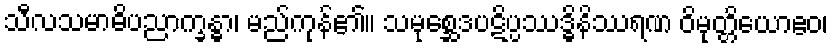
သီလသမာဓိပညာက္ခန္ဓာ၊ မည်ကုန်၏။ သမုစ္ဆေဒပဋိပ္ပဿဒ္ဓိနိဿရဏ ဝိမုတ္တိယောဧဝ၊